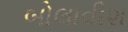
બોલાવીશ